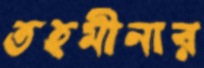
তহমীনার